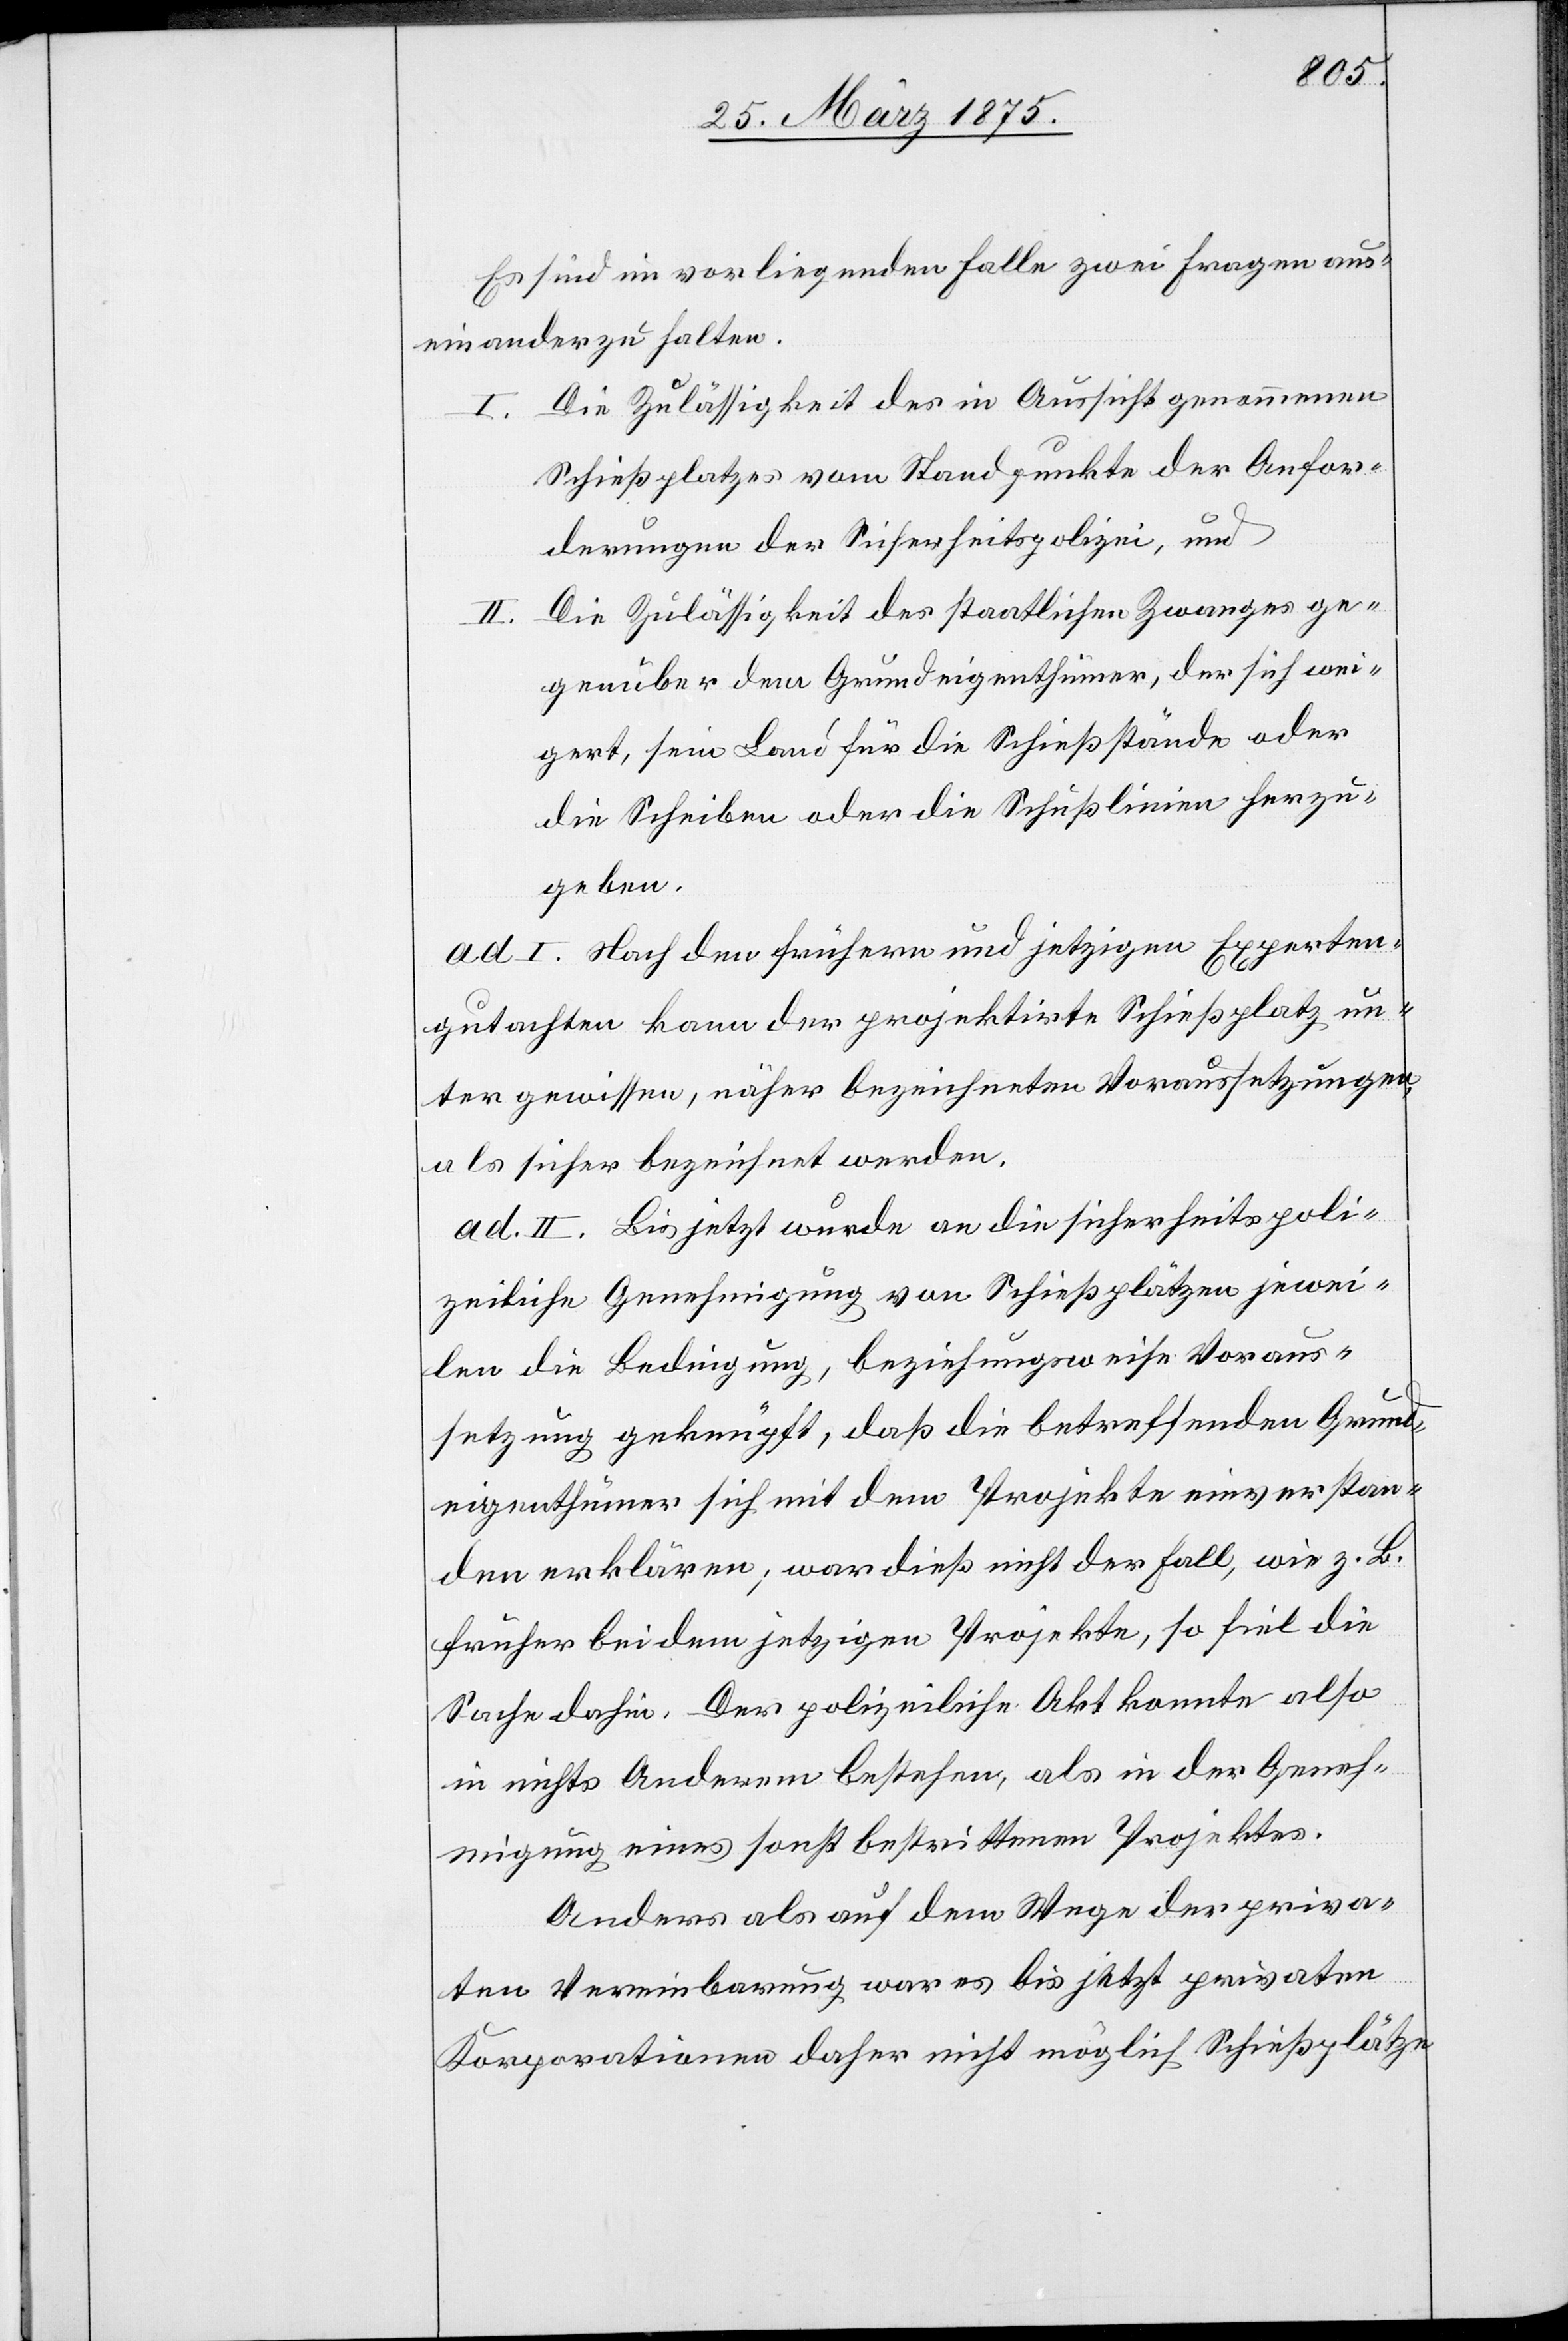
Es sind im vorliegenden Falle zwei Fragen aus¬
einanderzuhalten.
I. Die Zulässigkeit des in Aussicht genommenen
Schießplatzes vom Standpunkte der Anfor¬
derungen der Sicherheitspolizei, und
II. Die Zulässigkeit des staatlichen Zwanges ge¬
genüber dem Grundeigenthümer, der sich wei¬
gert, sein Land für die Schießstände oder
die Scheiben oder die Schußlinien herzu¬
geben.
ad. I. Nach den frühern und jetzigen Experten¬
gutachten kann der projektirte Schießplatz un¬
ter gewissen, näher bezeichneten Voraussetzungen
als sicher bezeichnet werden.
ad. II. Bis jetzt wurde an die sicherheitspoli¬
zeiliche Genehmigung von Schießplätzen jewei¬
len die Bedingung, beziehungsweise Voraus¬
setzung geknüpft, daß die betreffenden Grund¬
eigenthümer sich mit dem Projekte einverstan¬
den erklären; war dieß nicht der Fall, wie z. B.
früher bei dem jetzigen Projekte, so fiel die
Sache dahin. Der polizeiliche Akt konnte also
in nichts Anderem bestehen, als in der Geneh¬
migung eines sonst bestrittenen Projektes.
Anders als auf dem Wege der priva¬
ten Vereinbarung war es bis jetzt privaten
Korporationen daher nicht möglich Schießplätze